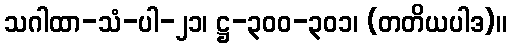
သဂါထာ-သံ-ပါ-၂၁၊ ဋ္ဌ-၃၀၀-၃၀၁၊ (တတိယပါဒ)။